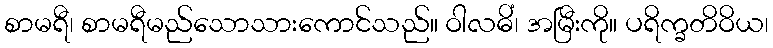
စာမရီ၊ စာမရီမည်သောသားကောင်သည်။ ဝါလဓိံ၊ အမြီးကို။ ပရိက္ခတိဝိယ၊